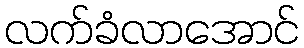
လက်ခံလာအောင်